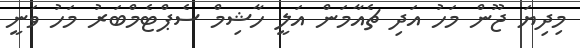
މިދިޔަ ޖޫން މަހު އަދި ޗެއާމަން އަލީ ހާޝިމް ސެޕްޓެމްބަރު މަހު ވަނީ